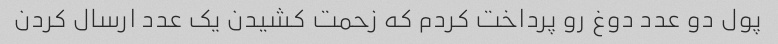
پول دو عدد دوغ رو پرداخت کردم که زحمت کشیدن یک عدد ارسال کردن